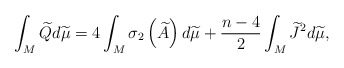
\begin{align*}\int_{M}\widetilde{Q}d\widetilde{\mu }=4\int_{M}\sigma _{2}\left( \widetilde{A}\right) d\widetilde{\mu }+\frac{n-4}{2}\int_{M}\widetilde{J}^{2}d\widetilde{\mu }, \end{align*}